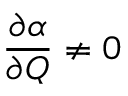
{ \frac { \partial \alpha } { \partial Q } } \neq 0